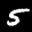
Label: 5